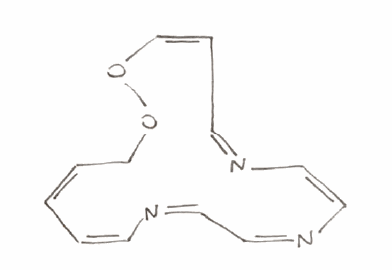
Simplified molecular-input line-entry system (SMILES) notation of the given molecule:
C1/C=C\C=C/N=CC=N/C=C\N=C/C=C\OO1